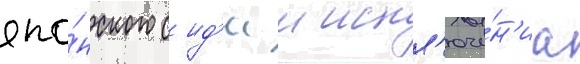
япо́нского с ид'ееи искл'юче́н'иа